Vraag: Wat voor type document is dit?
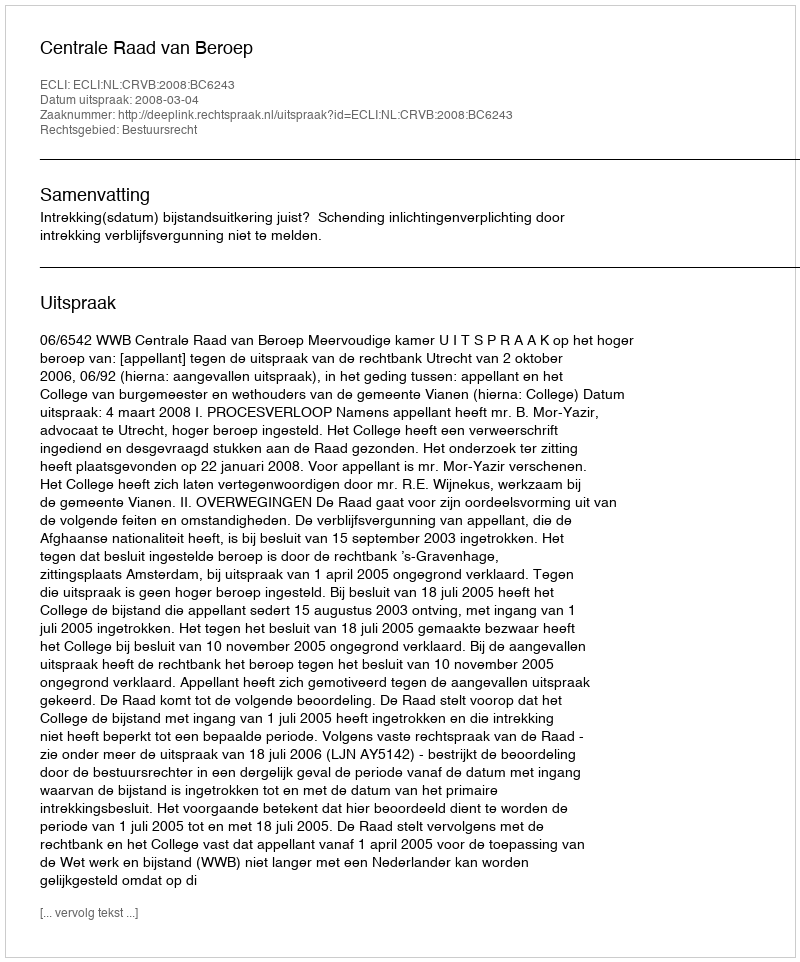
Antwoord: Uitspraak